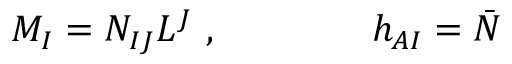
M _ { I } = { \cal { N } } _ { I J } L ^ { J } \ , \qquad \qquad h _ { A I } = { \bar { { \cal { N } } } }